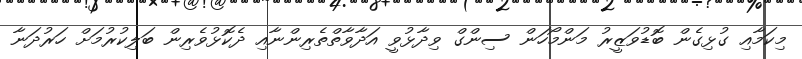
މިކަމާއި ގުޅިގެން ބޮޑުވަޒީރު މަންމޯހަން ސިންގް ވިދާޅުވީ އަދާވާތްތެރިންނާއި ދެކޮޅުވެރިން ބަލިކުރުމަށް ހަރުދަނާ